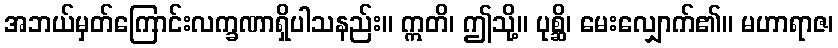
အဘယ်မှတ်ကြောင်းလက္ခဏာရှိပါသနည်း။ ဣတိ၊ ဤသို့။ ပုစ္ဆိ၊ မေးလျှောက်၏။ မဟာရာဇ၊